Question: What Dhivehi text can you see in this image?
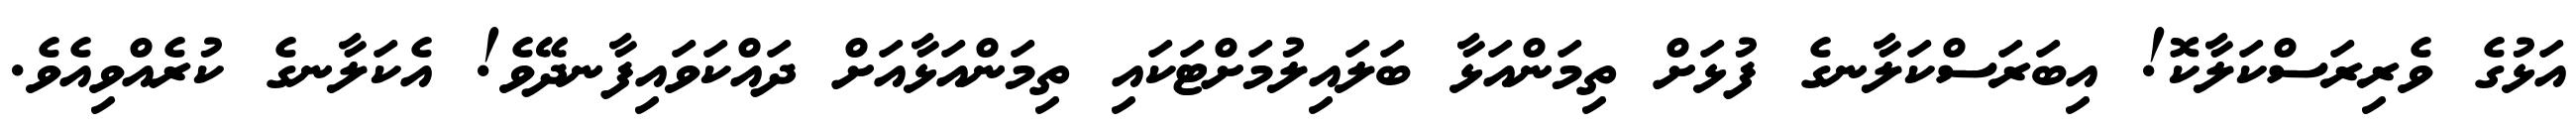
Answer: އަޅުގެ ވެރިރަސްކަލާކޮ! އިބަރަސްކަލާނގެ ފުޅަށް ތިމަންއަޅާ ބަލައިލުމަށްޓަކައި ތިމަންއަޅާއަށް ދައްކަވައިފާނދޭވެ! އެކަލާނގެ ކުރެއްވިއެވެ.